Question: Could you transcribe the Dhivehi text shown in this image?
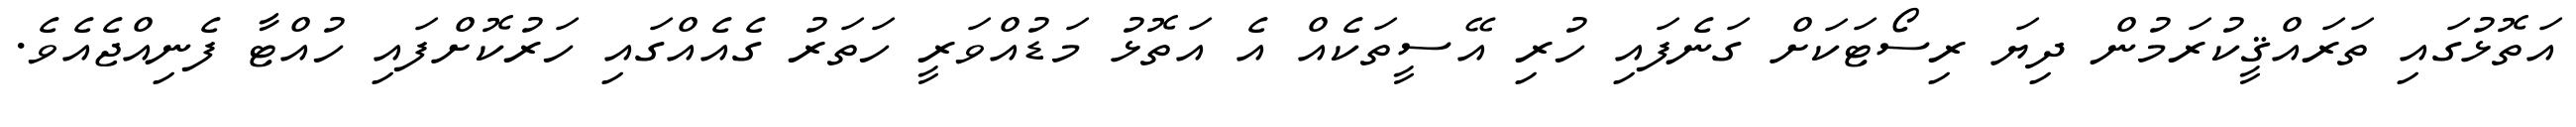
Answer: އަތޮޅުގައި ތަރައްޤީކުރަމުން ދިޔަ ރިސޯޓަކަށް ގަނެފައި ހުރި އޭސީތަކެއް އެ އަތޮޅު މަޑުއްވަރީ ހަތަރު ގެއެއްގައި ހަރުކޮށްފައި ހުއްޓާ ފެނިއްޖެއެވެ.